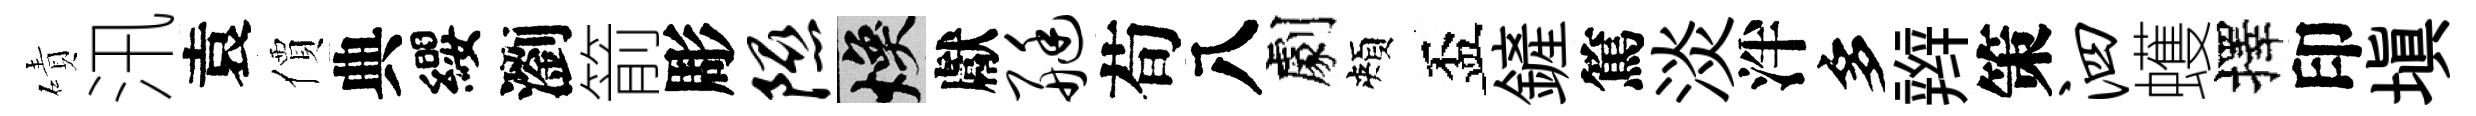
磧汛袁價典纓瀏箭彫隰焕獻艇荀八劇頰盃鏟篤淡泮多辫策泗蠖擇印填